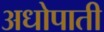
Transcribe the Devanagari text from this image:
अधोपाती